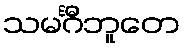
သမင်္ဂီဘူတေ